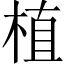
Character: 植